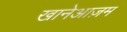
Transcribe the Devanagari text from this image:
खानेआज़म